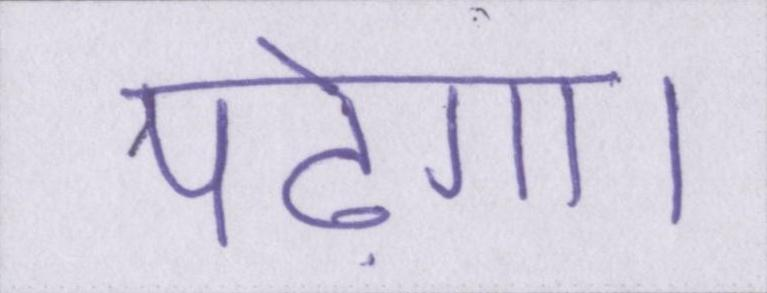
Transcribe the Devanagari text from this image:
पढ़ेगा।